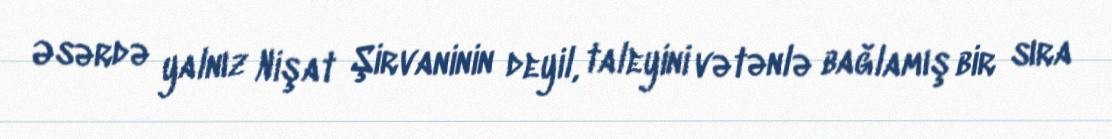
Əsərdə yalnız Nişat Şirvaninin deyil, taleyini vətənlə bağlamış bir sıra